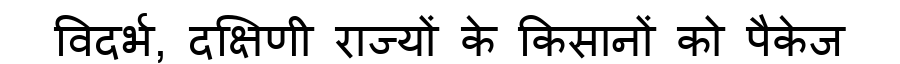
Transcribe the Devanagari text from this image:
विदर्भ, दक्षिणी राज्यों के किसानों को पैकेज